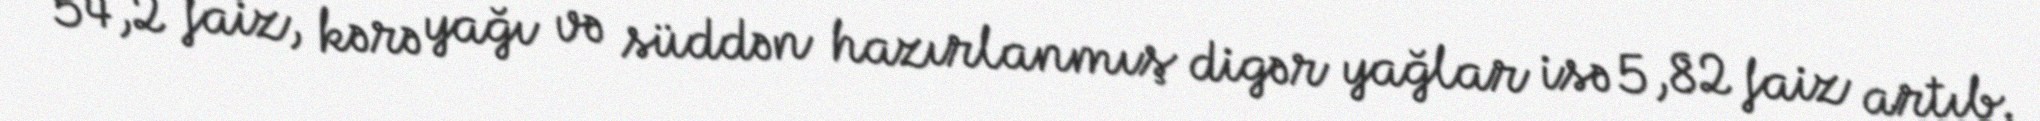
54,2 faiz, kərə yağı və süddən hazırlanmış digər yağlar isə 5,82 faiz artıb.